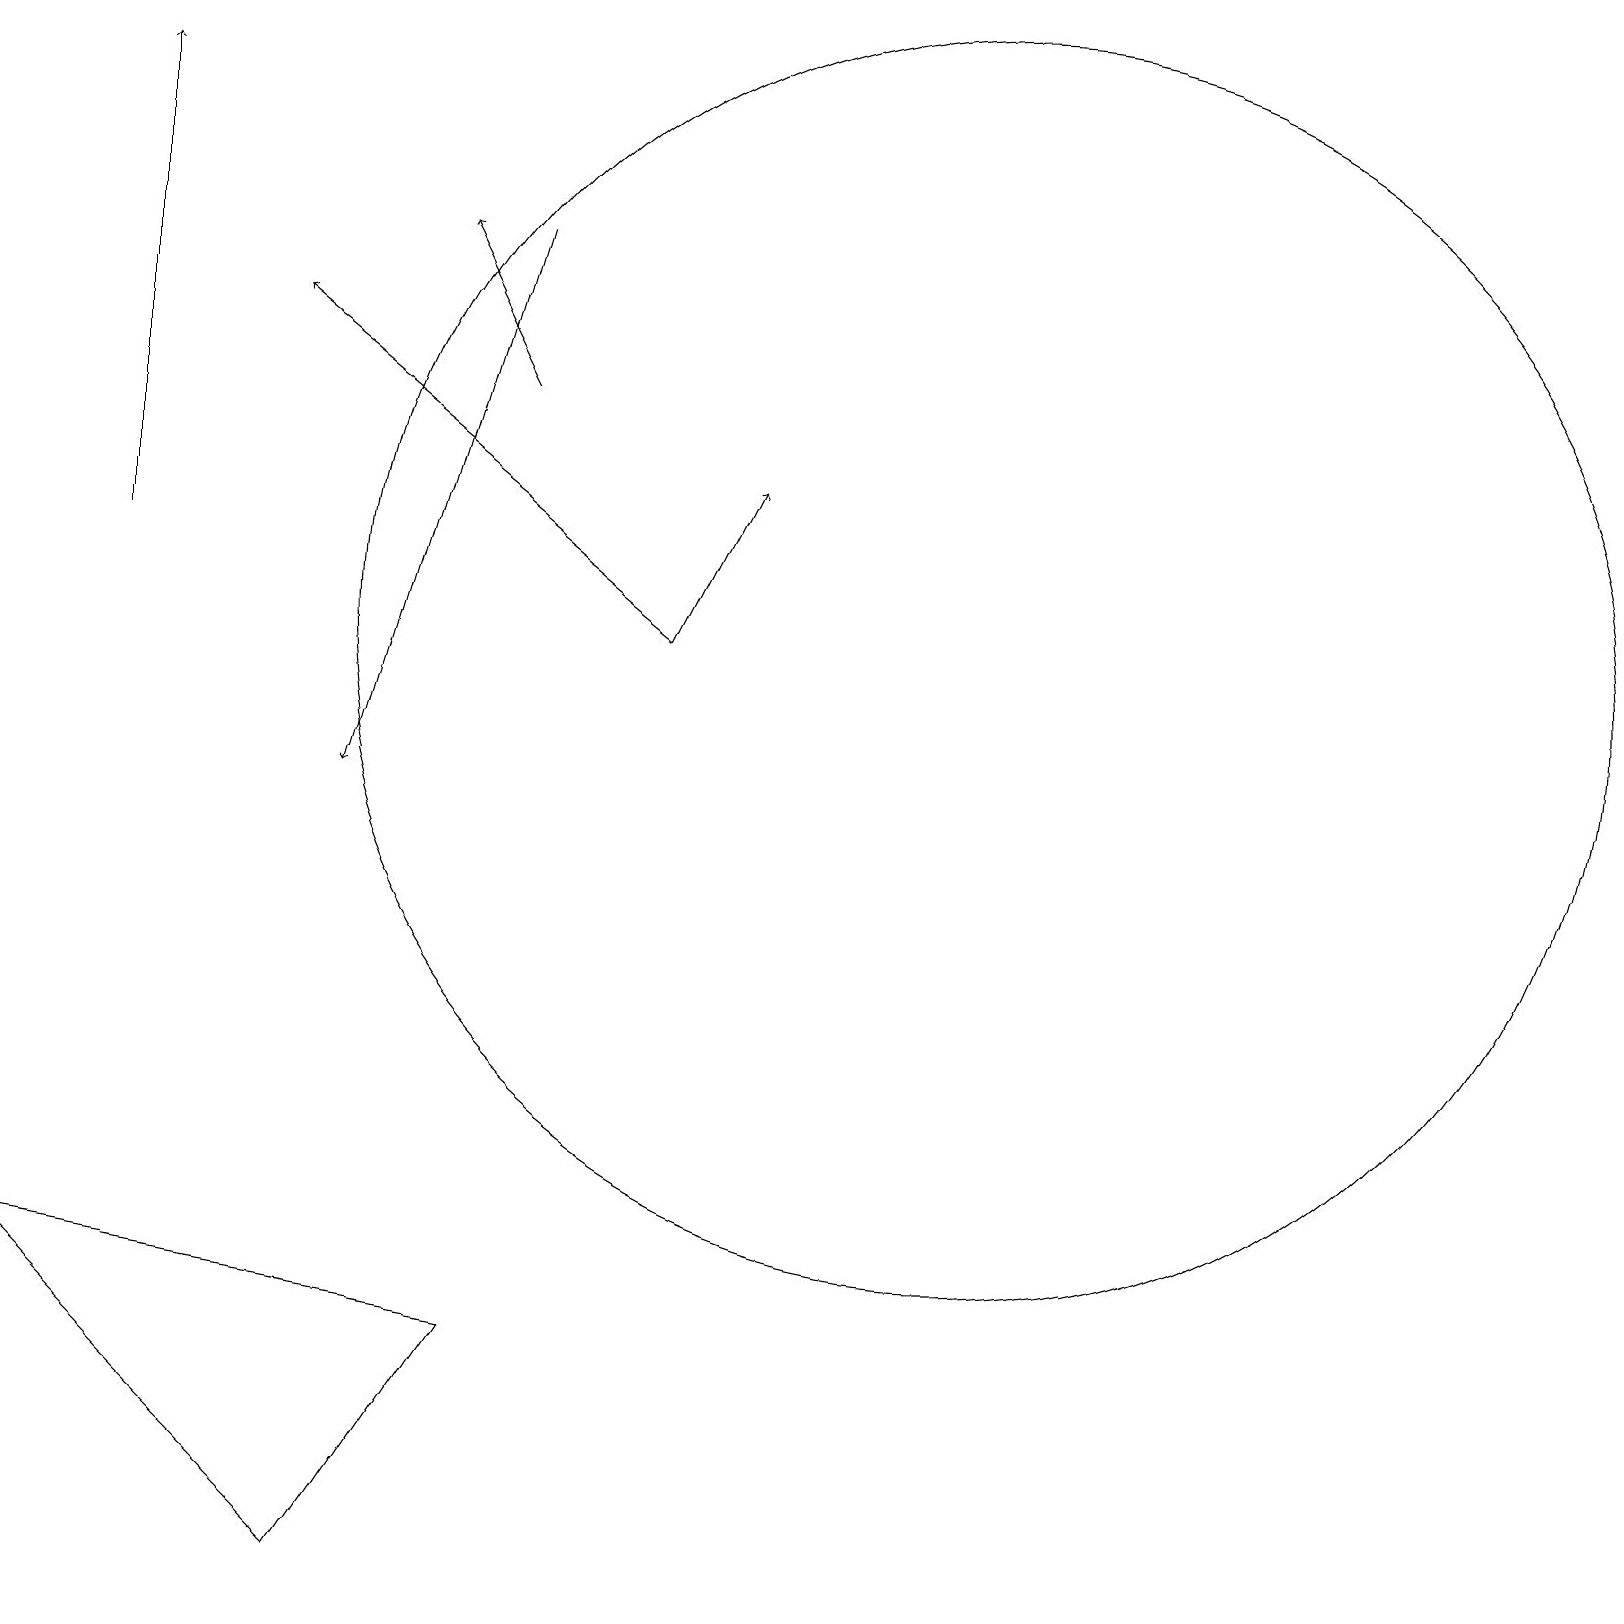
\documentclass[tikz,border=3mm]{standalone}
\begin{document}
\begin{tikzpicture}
\draw (6,3) -- (0,4) -- (4,0) -- cycle;
\draw[->] (1,13) -- (1,19);
\draw[->] (8,12) -- (9,14);
\draw[->] (6,17) -- (4,10);
\draw[->] (6,15) -- (5,17);
\draw (12,12) circle (8);
\draw[->] (8,12) -- (3,16);
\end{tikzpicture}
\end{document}